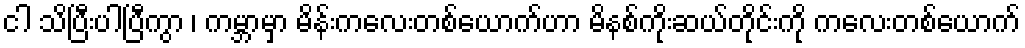
ငါ သိပြီးပါပြီကွာ ၊ ကမ္ဘာမှာ မိန်းကလေးတစ်ယောက်ဟာ မိနစ်ကိုးဆယ်တိုင်းကို ကလေးတစ်ယောက်